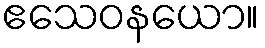
ဧသေဝနယော။